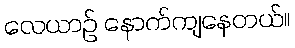
လေယာဉ် နောက်ကျနေတယ်။